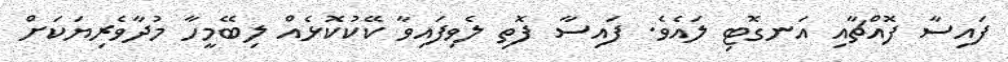
ފައިސާ ފޮއްޗާއި އަނގޮޓި ލައެވެ. ފައިސާ ފޮތި ލެވިފައިވާ ކޭކުކޮޅެއް ލިބޭމީހާ މުދާވެރިޔަކަށް